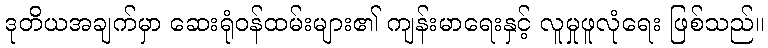
ဒုတိယအချက်မှာ ဆေးရုံဝန်ထမ်းများ၏ ကျန်းမာရေးနှင့် လူမှုဖူလုံရေး ဖြစ်သည်။